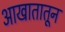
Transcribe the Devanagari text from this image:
आखातातून